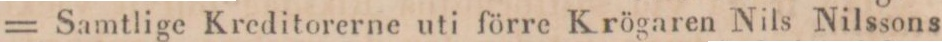
= Samtlige Kreditorerne uti förre Krögaren Nils Nilssons